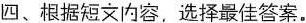
四、根据短文内容.选择最佳答案.